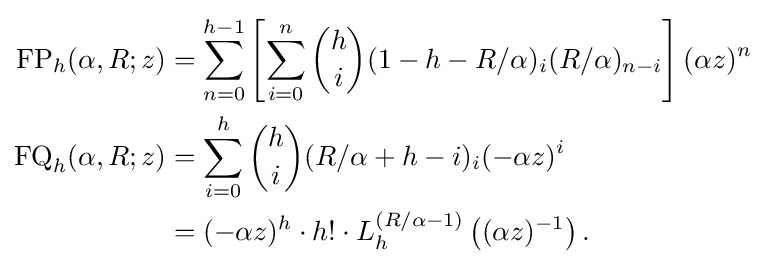
{\begin{aligned}{\text{FP}}_{h}(\alpha ,R;z)&=\sum _{n=0}^{h-1}\left[\sum _{i=0}^{n}{\binom {h}{i}}(1-h-R/\alpha )_{i}(R/\alpha )_{n-i}\right](\alpha z)^{n}\\{\text{FQ}}_{h}(\alpha ,R;z)&=\sum _{i=0}^{h}{\binom {h}{i}}(R/\alpha +h-i)_{i}(-\alpha z)^{i}\\&=(-\alpha z)^{h}\cdot h!\cdot L_{h}^{(R/\alpha -1)}\left((\alpha z)^{-1}\right).\end{aligned}}